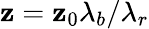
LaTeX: \mathbf{z}=\mathbf{z}_{0}\lambda_{b}/\lambda_{r}